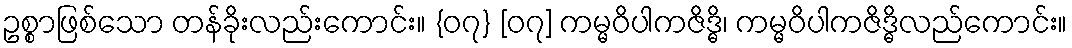
ဥစ္စာဖြစ်သော တန်ခိုးလည်းကောင်း။ {၀၇} [၀၇] ကမ္မဝိပါကဇိဒ္ဓိ၊ ကမ္မဝိပါကဇိဒ္ဓိလည်ကောင်း။